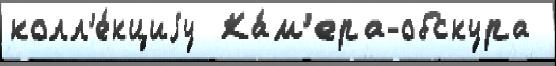
колл'е́кциjу  Ка́м'ера-обскура